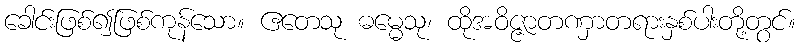
ခေါင်းဖြစ်၍ဖြစ်ကုန်သော။ ဧတေသု ဓမ္မေသု၊ ထိုအဝိဇ္ဇာတဏှာတရားနှစ်ပါးတို့တွင်။